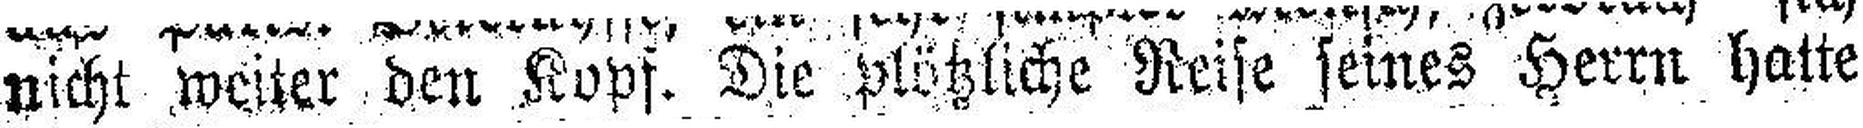
nicht weiter den Kopf. Die plötzliche Reise seines Herrn hatte